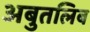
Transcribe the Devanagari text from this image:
अबुतलिब